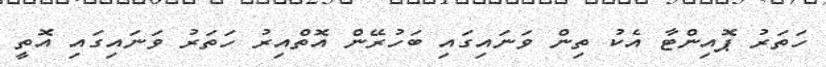
ހަަތަރު ޕޮއިންޓާ އެކު ތިން ވަނައިގައި ބަހުރޭން އޮތްއިރު ހަތަރު ވަނައިގައި އޮތީ